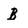
Character: B